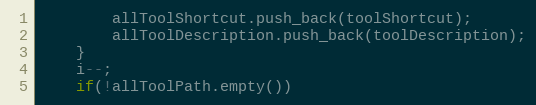
Language: C++
        allToolShortcut.push_back(toolShortcut);
        allToolDescription.push_back(toolDescription);
    }
    i--;
    if(!allToolPath.empty())